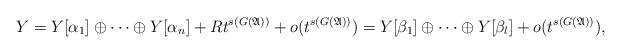
LaTeX: \begin{align*}Y=Y[\alpha_1]\oplus\dots\oplus Y[\alpha_n]+Rt^{s(G(\mathfrak{A}))}+o(t^{s(G(\mathfrak{A}))})=Y[\beta_1]\oplus\cdots \oplus Y[\beta_l]+o(t^{s(G(\mathfrak{A}))}),\end{align*}